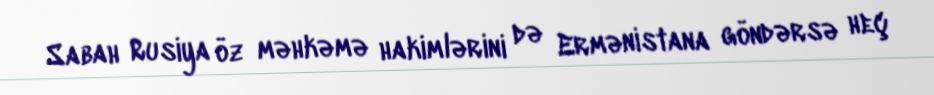
Sabah Rusiya öz məhkəmə hakimlərini də Ermənistana göndərsə heç